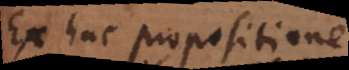
Ex hac propositione